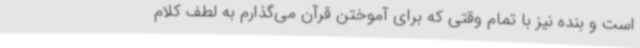
است و بنده نیز با تمام وقتی که برای آموختن قرآن می‌گذارم به لطف کلام